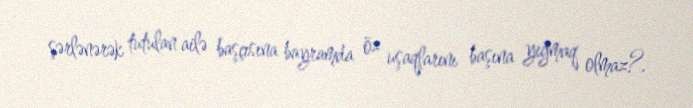
şərlənərək tutulan ailə başçısına bayramda öz uşaqlarını başına yığmaq olmaz?.